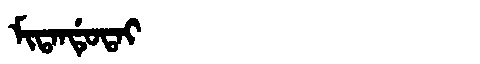
Manchu: ᠮᡳᡨᠠᠨᡩᡠᡨᠠᡳ
Romanization: MITANDUTAI